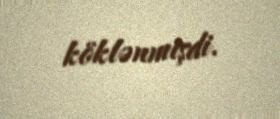
köklənmişdi.